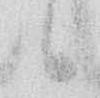
候